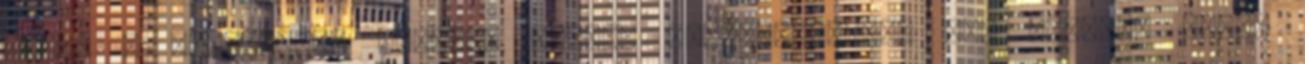
akkor a kulturális alapból fogjuk finanszírozni. Még egyszer kérem